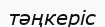
тәңкеріс